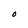
Character: O